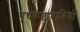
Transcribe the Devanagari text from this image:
पृथकतावादियों